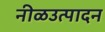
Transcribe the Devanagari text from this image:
नीळउत्पादन